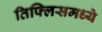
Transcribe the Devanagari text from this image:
तिफ्लिसमध्ये